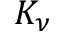
K _ { \nu }